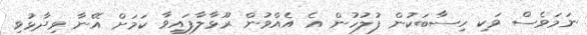
ނަމަވެސް ވަކި ހިސާބަކުން ފުލުހުން އެ އެއްވުން ރޫޅާލާފައިވާ ކަމަށް އޭނާ ވިދާޅުވި